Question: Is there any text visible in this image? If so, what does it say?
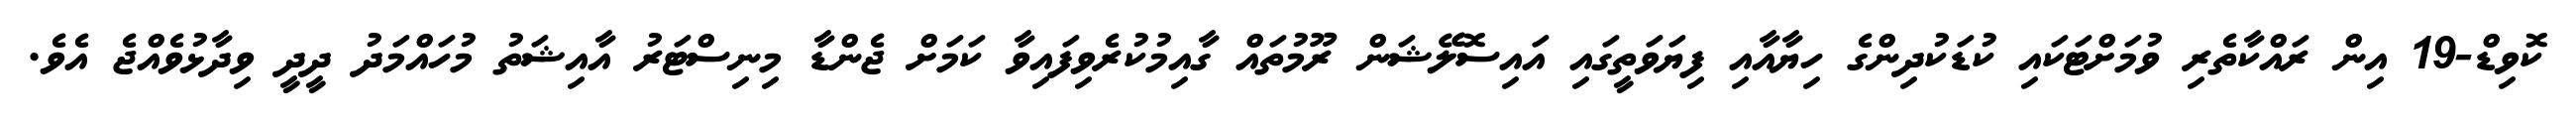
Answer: ކޮވިޑް-19 އިން ރައްކާތެރި ވުމަށްޓަކައި ކުޑަކުދިންގެ ހިޔާއާއި ފިޔަވަތީގައި އައިސޮލޭޝަން ރޫމުތައް ގާއިމުކުރެވިފައިވާ ކަމަށް ޖެންޑާ މިނިސްޓަރު އާއިޝަތު މުހައްމަދު ދީދީ ވިދާޅުވެއްޖެ އެވެ.